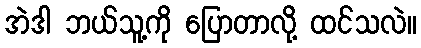
အဲဒါ ဘယ်သူ့ကို ပြောတာလို့ ထင်သလဲ။